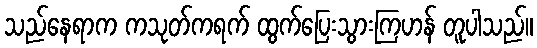
သည်နေရာက ကသုတ်ကရက် ထွက်ပြေးသွားကြဟန် တူပါသည်။